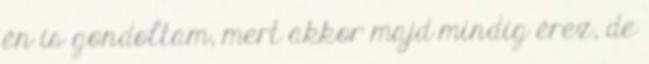
én is gondoltam, mert akkor majd mindig érez, de